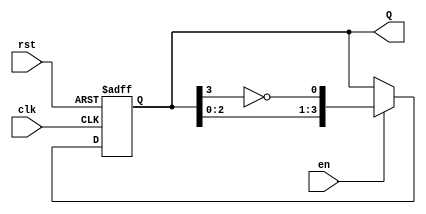
module johnson_counter #(
    parameter n = 4 // Number of flip-flops (adjust as needed)
)(
    input wire clk,      // Clock input
    input wire rst,      // Asynchronous reset
    input wire en,       // Enable signal
    output reg [n-1:0] Q // Counter output
);

    always @(posedge clk or posedge rst) begin
        if (rst) begin
            Q <= {n{1'b0}}; // Reset all bits to 0
        end else if (en) begin
            Q <= {Q[n-2:0], ~Q[n-1]}; // Shift right and feedback inverted last bit
        end
        // If en is low, retain current state
    end

endmodule